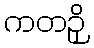
ကတဉှိ